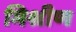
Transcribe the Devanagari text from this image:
मिश्रीण